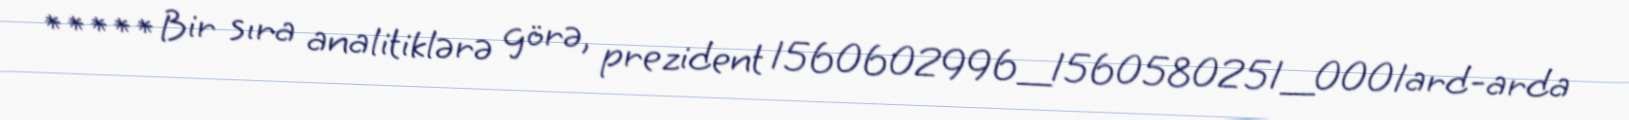
***** Bir sıra analitiklərə görə, prezident 1560602996_1560580251_0001ard-arda